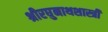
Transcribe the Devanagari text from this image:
श्रीरघुनाथशास्त्री